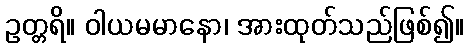
ဥတ္တရိ။ ဝါယမမာနော၊ အားထုတ်သည်ဖြစ်၍။